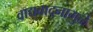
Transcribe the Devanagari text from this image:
वाद्यवादनामुळे